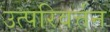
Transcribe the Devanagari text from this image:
उत्परिवर्त्तन